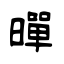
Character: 暺